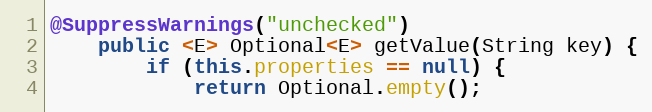
Language: Java
@SuppressWarnings("unchecked")
    public <E> Optional<E> getValue(String key) {
        if (this.properties == null) {
            return Optional.empty();